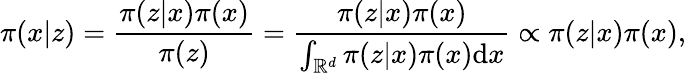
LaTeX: \pi(x|z)=\frac{\pi(z|x)\pi(x)}{\pi(z)}=\frac{\pi(z|x)\pi(x)}{\int_{\mathbb{R}^{d}}\pi(z|x)\pi(x)\mathrm{d}x}\propto\pi(z|x)\pi(x),